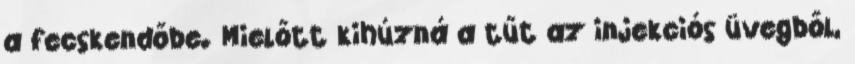
a fecskendőbe. Mielőtt kihúzná a tűt az injekciós üvegből,